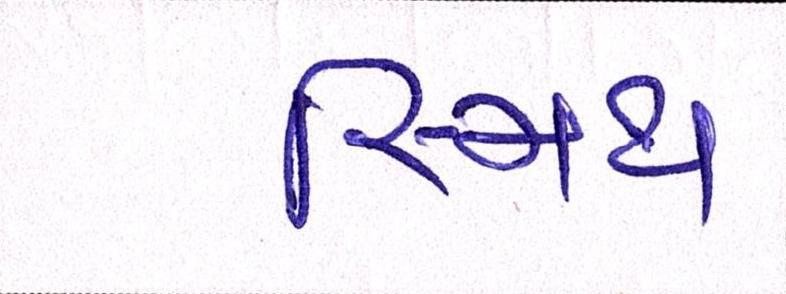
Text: સ્મિથ